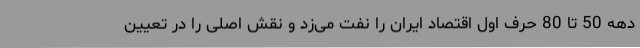
دهه 50 تا 80 حرف اول اقتصاد ایران را نفت می‌زد و نقش اصلی را در تعیین